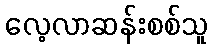
လေ့လာဆန်းစစ်သူ